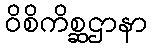
ဝိစိကိစ္ဆဌာနာ